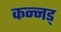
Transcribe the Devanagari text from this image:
कन्नड्